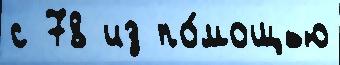
с 78 из по́мощью